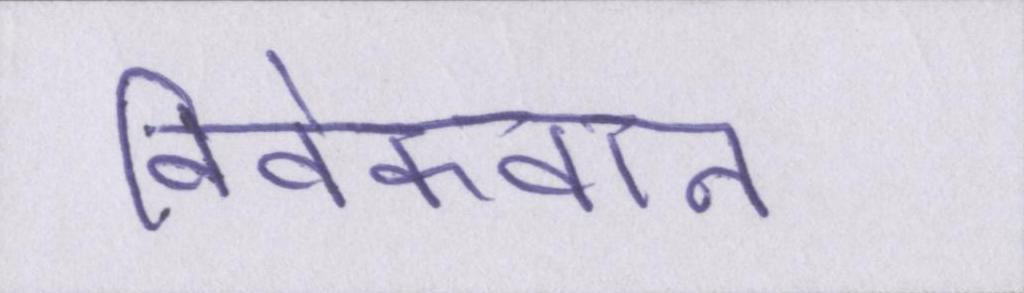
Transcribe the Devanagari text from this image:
विवेकवान